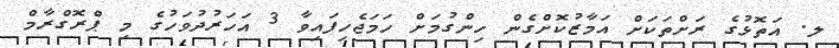
ލ. އަތޮޅުގެ ރަށްތަކަށް އަމާޒުކޮށްގެން ހިންގުމަށް ހަމަޖެހިފައިވާ 3 އަހަރުދުވަހުގެ މި ޕްރޮގްރާމް